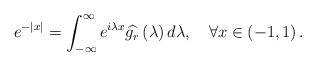
LaTeX: \begin{align*}e^{-\left|x\right|}=\int_{-\infty}^{\infty}e^{i\lambda x}\widehat{g_{r}}\left(\lambda\right)d\lambda,\quad\forall x\in\left(-1,1\right).\end{align*}